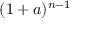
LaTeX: ( 1 + a ) ^ { n - 1 }